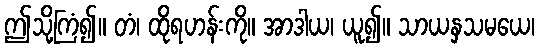
ဤသို့ကြံ၍။ တံ၊ ထိုရဟန်းကို။ အာဒါယ၊ ယူ၍။ သာယနှသမယေ၊